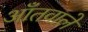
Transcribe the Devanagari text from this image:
आँतवाले